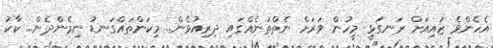
އެހެންވެ ޒައިއަށް ރަނގަޅީ މީހުން ވަރަށް ނެތްތަނެއްގައި ދިރިއުޅެން.. މިކަންތައްގަނޑު ނިމެންދެން.. ކާކު